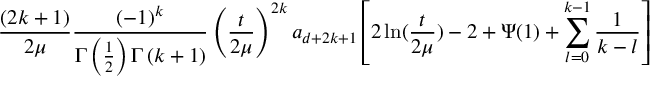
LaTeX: \frac { ( 2 k + 1 ) } { 2 \mu } \frac { \left( - 1 \right) ^ { k } } { \Gamma \left( \frac 1 2 \right) \Gamma \left( k + 1 \right) } \left( \frac { t } { 2 \mu } \right) ^ { 2 k } a _ { d + 2 k + 1 } \left[ 2 \ln ( \frac { t } { 2 \mu } ) - 2 + \Psi ( 1 ) + \sum _ { l = 0 } ^ { k - 1 } \frac 1 { k - l } \right]